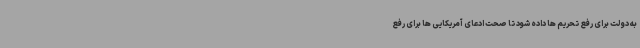
به دولت برای رفع تحریم ها داده شود تا صحت ادعای آمریکایی ها برای رفع